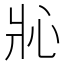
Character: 𱭎